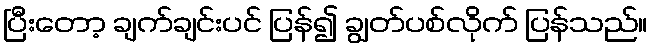
ပြီးတော့ ချက်ချင်းပင် ပြန်၍ ချွတ်ပစ်လိုက် ပြန်သည်။